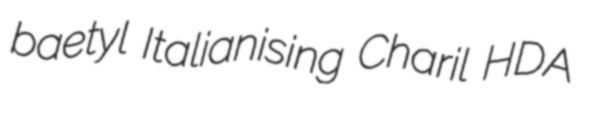
baetyl Italianising Charil HDA